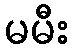
မမီး